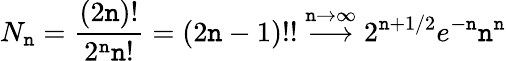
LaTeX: N_{\mathtt{n}}={\frac{{(2\mathtt{n})!}}{{2^{\mathtt{n}}\mathtt{n}!}}}=(2\mathtt{n}-1)!!\stackrel{\mathtt{n}\to\infty}{\longrightarrow}2^{\mathtt{n}+1/2}e^{-\mathtt{n}}\mathtt{n}^{\mathtt{n}}